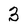
Character: 3